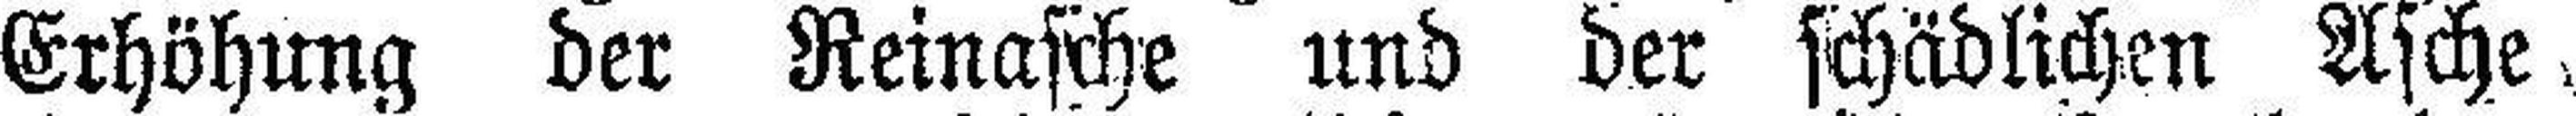
Erhöhung der Reinasche und der schädlichen Asche.